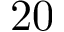
2 0